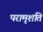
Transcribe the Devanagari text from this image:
परामृशति